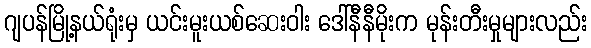
ဂျပန်မြို့နယ်ရုံးမှ ယင်းမူးယစ်ဆေးဝါး ဒေါ်နီနီမိုးက မုန်းတီးမှုများလည်း